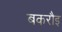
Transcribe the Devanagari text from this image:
बकरौइ